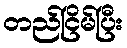
တည်ငြိမ်ပြီး